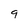
Character: 9